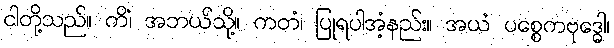
ငါတို့သည်။ ကိံ၊ အဘယ်သို့။ ကတံ၊ ပြုရပါအံ့နည်း။ အယံ ပစ္စေကဗုဒ္ဓေါ၊